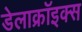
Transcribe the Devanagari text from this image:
डेलाक्रॉइक्स